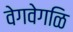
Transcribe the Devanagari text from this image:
वेगवेगळि